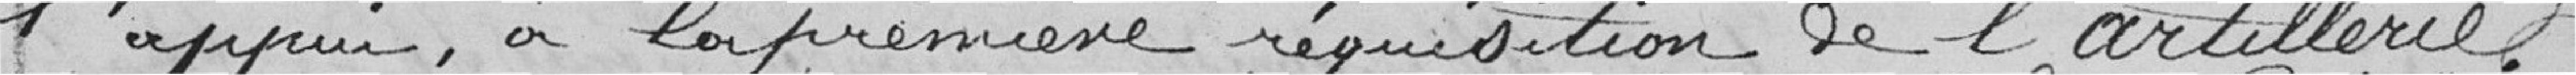
l'appui à la première réquisition de l'artillerie.